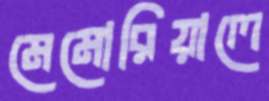
মেমোরিয়ালে